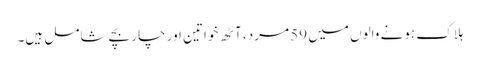
ہلاک ہونے والوں میں 59 مرد، آٹھ خواتین اور چار بچے شامل ہیں۔